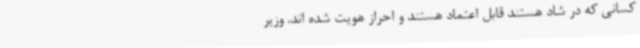
کسانی که در شاد هستند قابل اعتماد هستند و احراز هویت شده اند. وزیر